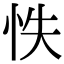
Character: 怢